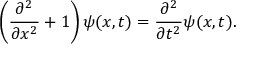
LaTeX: \left( { \frac { \partial ^ { 2 } } { \partial x ^ { 2 } } } + 1 \right) \psi ( x , t ) = { \frac { \partial ^ { 2 } } { \partial t ^ { 2 } } } \psi ( x , t ) .